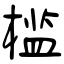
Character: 槛